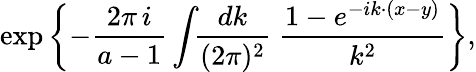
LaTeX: \exp\left\{ -\frac{2\pi\, i}{a-1}\int\! \! \frac{dk}{(2\pi)^{2}}\; \frac{1-e^{-ik{\cdotp}(x-y)}}{k^{2}}\right\} ,